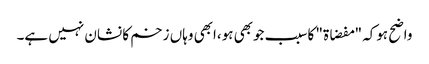
واضح ہوکہ "مفضاۃ" کاسبب جوبھی ہو،ابھی وہاں زخم کا نشان نہیں ہے۔